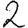
Digit: 2